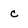
Character: c